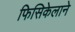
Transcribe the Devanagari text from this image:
फिसिकेलाने